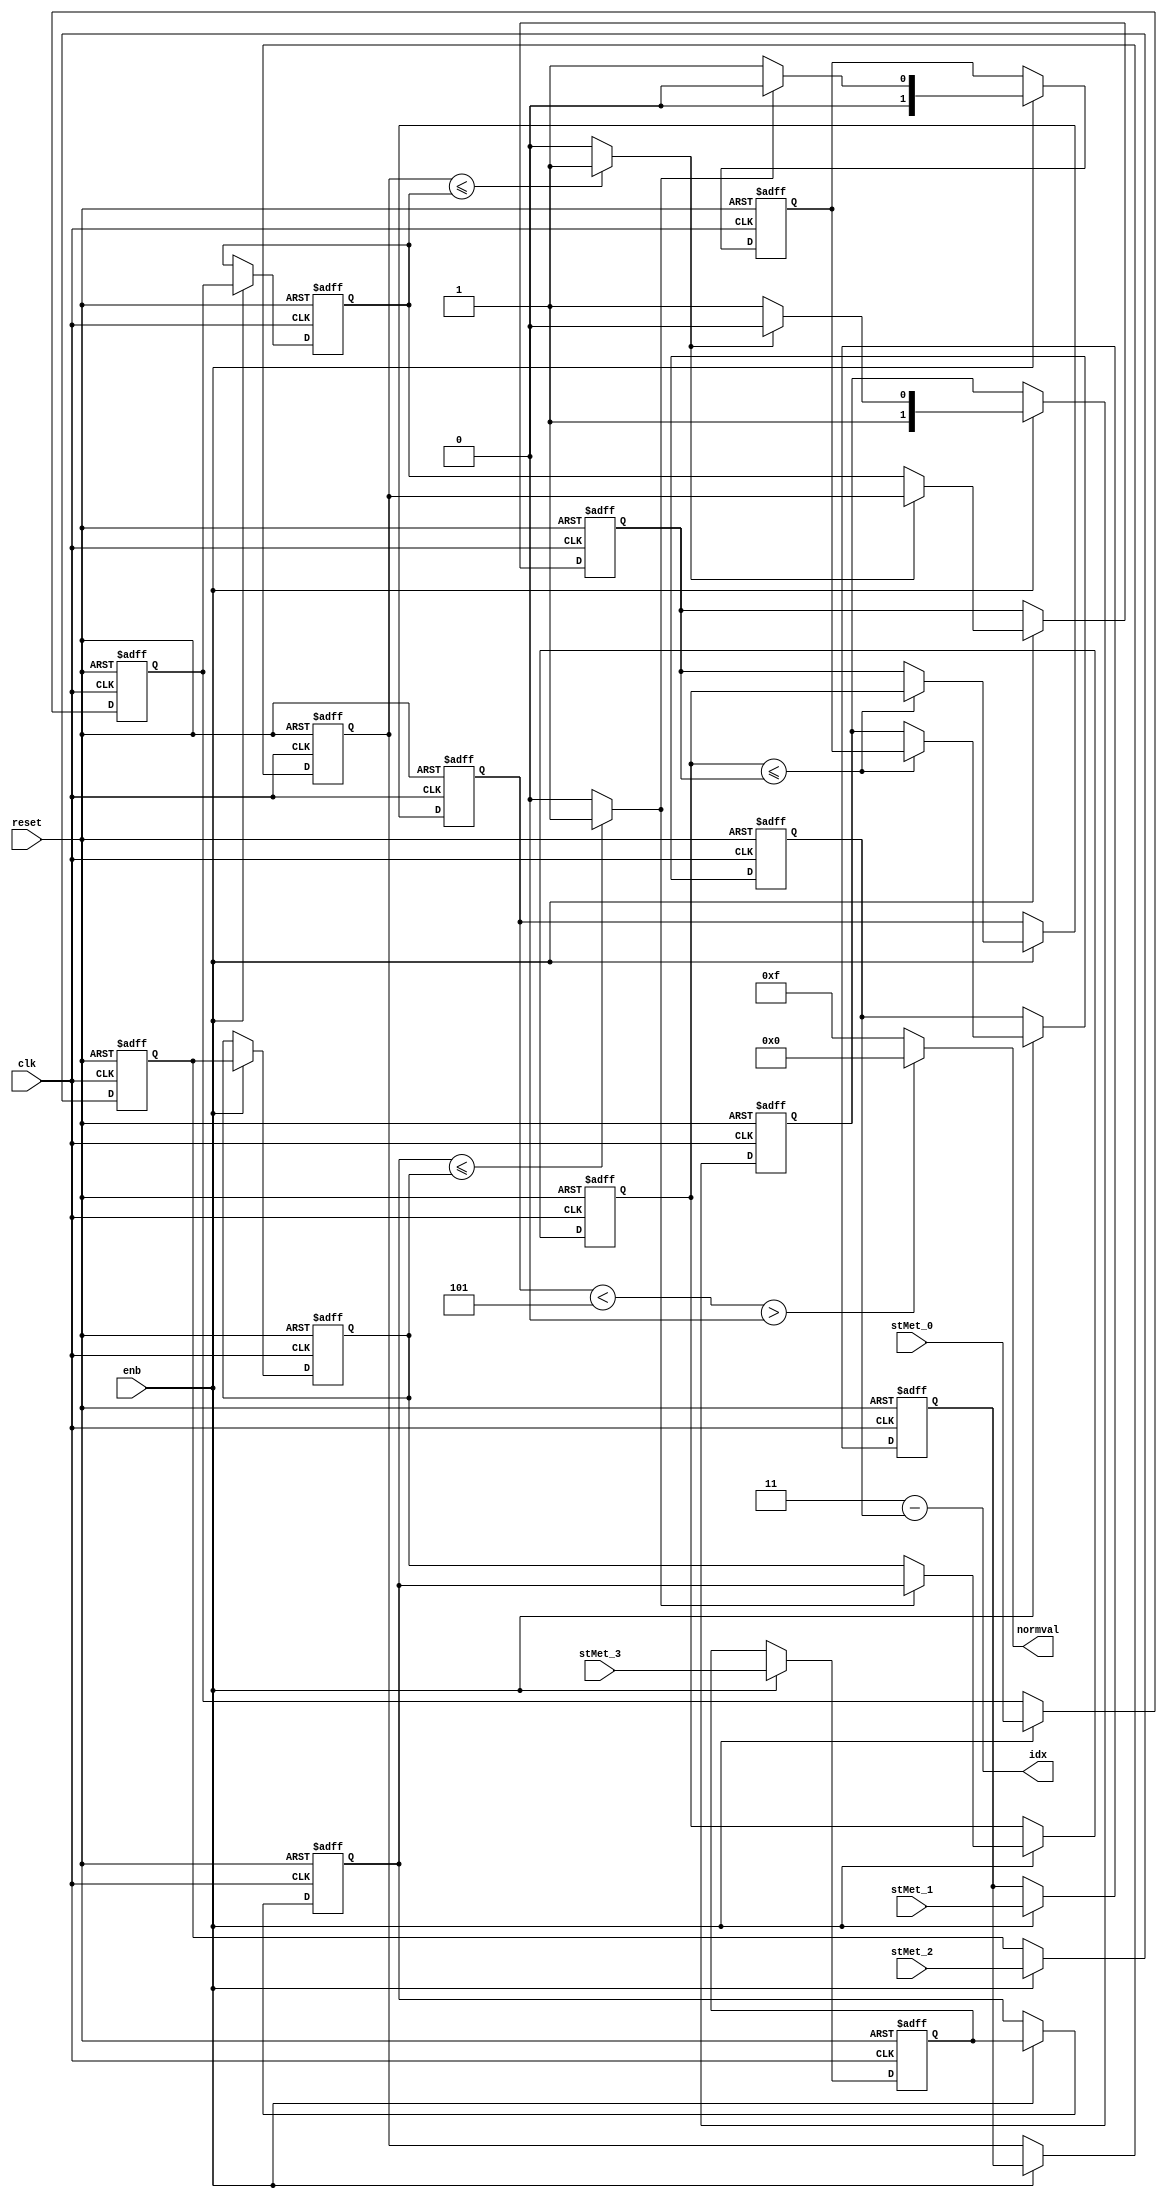
// -------------------------------------------------------------
// 
// 
// Generated by MATLAB 9.13 and HDL Coder 4.0
// 
// -------------------------------------------------------------


// -------------------------------------------------------------
// 
// Module: ACSRenorm
// Source Path: hdlcoder_commviterbi/Subsystem/Viterbi Decoder/ACS/ACSRenorm
// Hierarchy Level: 3
// 
// Calculates the minimum state metric value
// Compares the minimum value to the threshold parameter
// If the minimum value is greater than or equal to the threshold value, 
// returns the step parameter; otherwise returns zero
// 
// State Metric Renormalization
// 
// -------------------------------------------------------------

`timescale 1 ns / 1 ns

module ACSRenorm
          (clk,
           reset,
           enb,
           stMet_0,
           stMet_1,
           stMet_2,
           stMet_3,
           normval,
           idx);


  input   clk;
  input   reset;
  input   enb;
  input   [3:0] stMet_0;  // ufix4
  input   [3:0] stMet_1;  // ufix4
  input   [3:0] stMet_2;  // ufix4
  input   [3:0] stMet_3;  // ufix4
  output  [3:0] normval;  // ufix4
  output  [1:0] idx;  // ufix2


  wire [3:0] stMet [0:3];  // ufix4 [4]
  reg [3:0] dstMet [0:3];  // ufix4 [4]
  wire [3:0] stMet_reorder [0:3];  // ufix4 [4]
  reg [3:0] dstMet_reorder [0:3];  // ufix4 [4]
  wire [1:0] const_idx [0:3];  // ufix2 [4]
  wire [0:1] MinimumTree_treestage1_isless;  // boolean [2]
  wire [3:0] MinimumTree_stage1_val [0:1];  // ufix4 [2]
  wire [1:0] MinimumTree_stage1_idx [0:1];  // ufix2 [2]
  reg [3:0] MinimumTree_stage1_val_reg [0:1];  // ufix4 [2]
  reg [1:0] MinimumTree_stage1_idx_reg [0:1];  // ufix2 [2]
  wire MinimumTree_treestage2_isless;
  wire [3:0] MinimumTree_stage2_val;  // ufix4
  wire [1:0] MinimumTree_stage2_idx;  // ufix2
  reg [3:0] MinimumTree_stage2_val_reg;  // ufix4
  wire sel;  // ufix1
  wire switch_compare_1;
  wire [3:0] conststep;  // ufix4
  wire [3:0] constzero;  // ufix4
  wire [1:0] idxmax;  // ufix2
  reg [1:0] MinimumTree_stage2_idx_reg;  // ufix2


  assign stMet[0] = stMet_0;
  assign stMet[1] = stMet_1;
  assign stMet[2] = stMet_2;
  assign stMet[3] = stMet_3;

  // Add input register for state metric
  always @(posedge clk or posedge reset)
    begin : stMetRegister_process
      if (reset == 1'b1) begin
        dstMet[0] <= 4'b0111;
        dstMet[1] <= 4'b0111;
        dstMet[2] <= 4'b0111;
        dstMet[3] <= 4'b0000;
      end
      else begin
        if (enb) begin
          dstMet[0] <= stMet[0];
          dstMet[1] <= stMet[1];
          dstMet[2] <= stMet[2];
          dstMet[3] <= stMet[3];
        end
      end
    end



  // Reorder state metric to match the minimum idx search
  assign stMet_reorder[0] = dstMet[3];
  assign stMet_reorder[1] = dstMet[2];
  assign stMet_reorder[2] = dstMet[1];
  assign stMet_reorder[3] = dstMet[0];

  always @(posedge clk or posedge reset)
    begin : MininputRegister_process
      if (reset == 1'b1) begin
        dstMet_reorder[0] <= 4'b0111;
        dstMet_reorder[1] <= 4'b0111;
        dstMet_reorder[2] <= 4'b0111;
        dstMet_reorder[3] <= 4'b0000;
      end
      else begin
        if (enb) begin
          dstMet_reorder[0] <= stMet_reorder[0];
          dstMet_reorder[1] <= stMet_reorder[1];
          dstMet_reorder[2] <= stMet_reorder[2];
          dstMet_reorder[3] <= stMet_reorder[3];
        end
      end
    end



  assign const_idx[0] = 2'b00;
  assign const_idx[1] = 2'b01;
  assign const_idx[2] = 2'b10;
  assign const_idx[3] = 2'b11;



  // ---- Tree min implementation ----
  // ---- Tree min stage 1 ----
  assign MinimumTree_treestage1_isless[0] = (dstMet_reorder[0] <= dstMet_reorder[1] ? 1'b1 :
              1'b0);
  assign MinimumTree_stage1_val[0] = (MinimumTree_treestage1_isless[0] ? dstMet_reorder[0] :
              dstMet_reorder[1]);
  assign MinimumTree_stage1_idx[0] = (MinimumTree_treestage1_isless[0] ? const_idx[0] :
              const_idx[1]);
  assign MinimumTree_treestage1_isless[1] = (dstMet_reorder[2] <= dstMet_reorder[3] ? 1'b1 :
              1'b0);
  assign MinimumTree_stage1_val[1] = (MinimumTree_treestage1_isless[1] ? dstMet_reorder[2] :
              dstMet_reorder[3]);
  assign MinimumTree_stage1_idx[1] = (MinimumTree_treestage1_isless[1] ? const_idx[2] :
              const_idx[3]);



  always @(posedge clk or posedge reset)
    begin : MinimumTree_stage1_val_1_process
      if (reset == 1'b1) begin
        MinimumTree_stage1_val_reg[0] <= 4'b0000;
        MinimumTree_stage1_val_reg[1] <= 4'b0000;
      end
      else begin
        if (enb) begin
          MinimumTree_stage1_val_reg[0] <= MinimumTree_stage1_val[0];
          MinimumTree_stage1_val_reg[1] <= MinimumTree_stage1_val[1];
        end
      end
    end



  always @(posedge clk or posedge reset)
    begin : MinimumTree_stage1_idx_1_process
      if (reset == 1'b1) begin
        MinimumTree_stage1_idx_reg[0] <= 2'b00;
        MinimumTree_stage1_idx_reg[1] <= 2'b00;
      end
      else begin
        if (enb) begin
          MinimumTree_stage1_idx_reg[0] <= MinimumTree_stage1_idx[0];
          MinimumTree_stage1_idx_reg[1] <= MinimumTree_stage1_idx[1];
        end
      end
    end



  // ---- Tree min stage 2 ----
  assign MinimumTree_treestage2_isless = MinimumTree_stage1_val_reg[0] <= MinimumTree_stage1_val_reg[1];
  assign MinimumTree_stage2_val = (MinimumTree_treestage2_isless ? MinimumTree_stage1_val_reg[0] :
              MinimumTree_stage1_val_reg[1]);
  assign MinimumTree_stage2_idx = (MinimumTree_treestage2_isless ? MinimumTree_stage1_idx_reg[0] :
              MinimumTree_stage1_idx_reg[1]);



  always @(posedge clk or posedge reset)
    begin : MinimumTree_stage2_val_1_process
      if (reset == 1'b1) begin
        MinimumTree_stage2_val_reg <= 4'b0000;
      end
      else begin
        if (enb) begin
          MinimumTree_stage2_val_reg <= MinimumTree_stage2_val;
        end
      end
    end



  assign sel = MinimumTree_stage2_val_reg < 4'b0101;



  assign switch_compare_1 = sel > 1'b0;



  // Normalization constant adjustment value
  assign conststep = 4'b1111;



  // Normalization constant zero
  assign constzero = 4'b0000;



  assign normval = (switch_compare_1 == 1'b0 ? conststep :
              constzero);



  // Max value of state index
  assign idxmax = 2'b11;



  always @(posedge clk or posedge reset)
    begin : MinimumTree_stage2_idx_1_process
      if (reset == 1'b1) begin
        MinimumTree_stage2_idx_reg <= 2'b00;
      end
      else begin
        if (enb) begin
          MinimumTree_stage2_idx_reg <= MinimumTree_stage2_idx;
        end
      end
    end



  assign idx = idxmax - MinimumTree_stage2_idx_reg;



endmodule  // ACSRenorm